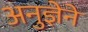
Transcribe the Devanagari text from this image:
अनुज्ञेने